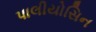
પાલીયોસિન